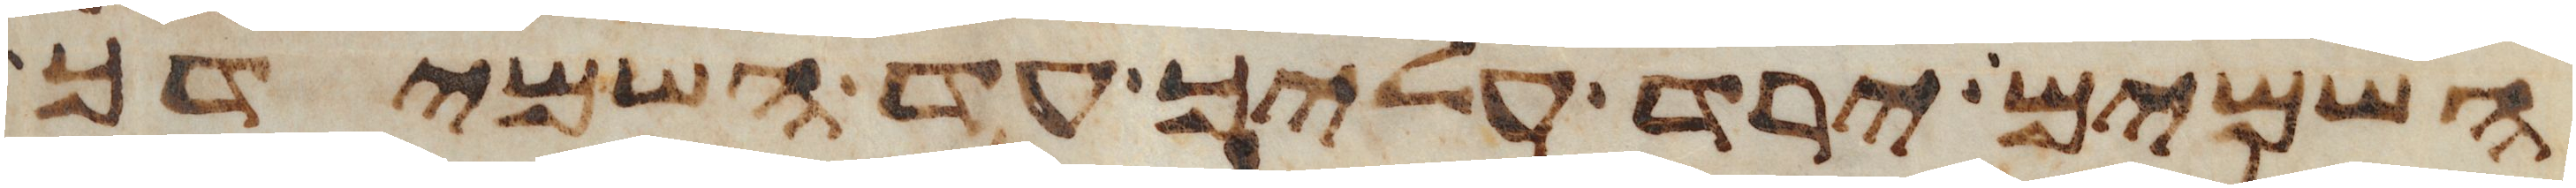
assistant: השמים ירד עליך עד השמידך